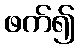
ဖက်၍